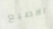
الاصبع